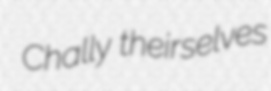
Chally theirselves